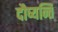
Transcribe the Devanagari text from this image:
दौष्यन्ति